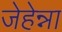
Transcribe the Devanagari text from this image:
जेहेन्ना